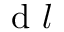
\mathrm { ~ d ~ } \boldsymbol { l }